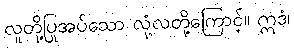
လူတို့ပြုအပ်သော လုံ့လတို့ကြောင့်။ ဣဒံ၊